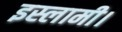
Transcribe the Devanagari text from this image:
इस्लामी।